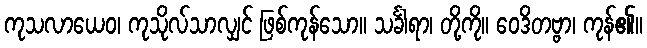
ကုသလာယေဝ၊ ကုသိုလ်သာလျှင် ဖြစ်ကုန်သော။ သင်္ခါရာ၊ တို့ကို။ ဝေဒိတဗ္ဗာ၊ ကုန်၏။